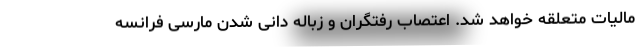
مالیات متعلقه خواهد شد. اعتصاب رفتگران و زباله دانی شدن مارسی فرانسه